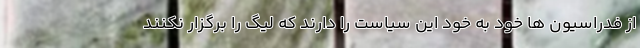
از فدراسیون ها خود به خود این سیاست را دارند که لیگ را برگزار نکنند